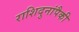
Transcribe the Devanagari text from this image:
राशिदुनांपैकी